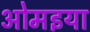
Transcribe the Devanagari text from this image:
ओमइया